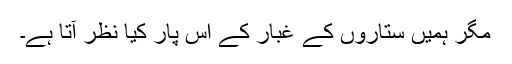
مگر ہمیں ستاروں کے غبار کے اس پار کیا نظر آتا ہے۔